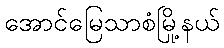
အောင်မြေသာစံမြို့နယ်